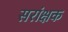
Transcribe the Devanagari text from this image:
सरांक्षक